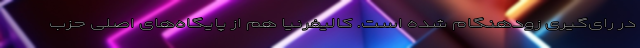
در رای‌گیری زودهنگام شده است. کالیفرنیا هم از پایگاه‌های اصلی حزب